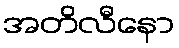
အတိလီနော